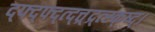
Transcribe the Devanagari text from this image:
द्फ्द्फ्द्त्द्त्त्र्द्र्त्स्क्ष्द्।